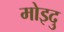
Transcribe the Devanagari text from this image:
मोइदु